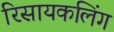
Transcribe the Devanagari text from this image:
रिसायकलिंग